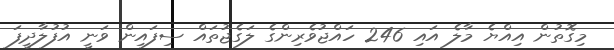
މިގޮތުން އިއްޔެ މާލެ އައި 246 ހައްޖުވެރިންގެ ލަގެޖުތައް ސިފައިން ވަނީ އުފުލާދީފަ